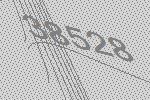
38528